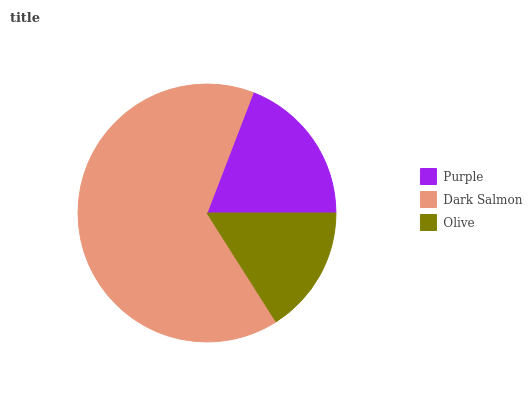
| Purple | Dark Salmon | Olive |
 | --- | --- | --- |
 | 19.1% | 64.8% | 16.1% |